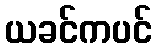
ယခင်ကပင်